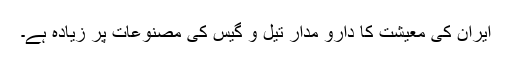
ایران کی معیشت کا دارو مدار تیل و گیس کی مصنوعات پر زیادہ ہے۔